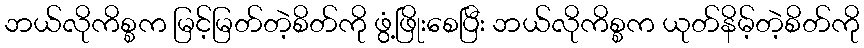
ဘယ်လိုကိစ္စက မြင့်မြတ်တဲ့စိတ်ကို ဖွံ့ဖြိုးစေပြီး ဘယ်လိုကိစ္စက ယုတ်နိမ့်တဲ့စိတ်ကို